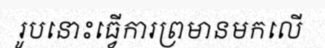
រូបនោះធ្វើការព្រមានមកលើ